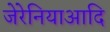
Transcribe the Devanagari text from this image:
जेरेनियाआदि